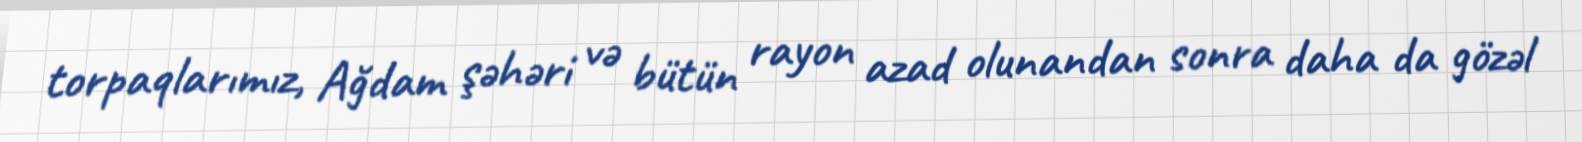
torpaqlarımız, Ağdam şəhəri və bütün rayon azad olunandan sonra daha da gözəl